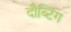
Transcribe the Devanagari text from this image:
दौब्टिंग